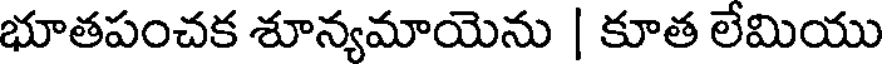
భూతపంచక శూన్యమాయెను | కూత లేమియు